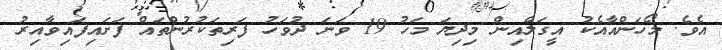
އެވެ. މޯހަންއާއެކު އީގަލްއިން މިދިޔަ މަހު 19 ވަނަ ދުވަހު ފަރިތަކުރުންތައް ފަށައިފައިވާއިރު